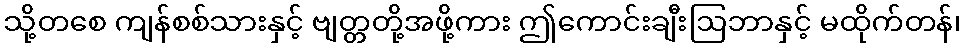
သို့တစေ ကျန်စစ်သားနှင့် ဗျတ္တတို့အဖို့ကား ဤကောင်းချီးဩဘာနှင့် မထိုက်တန်၊